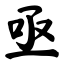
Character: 亟